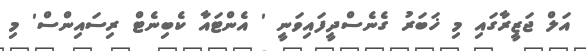
އަލް ޖަޒީރާގައި މި ޚަބަރު ގެނެސްދީފައިވަނީ ' އެންޓައާ ކެބިނެޓް ރިސައިންސް' މި